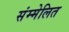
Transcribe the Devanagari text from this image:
संम्मेलित